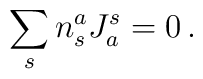
\sum_s n^a_s J_a^s = 0 \, .